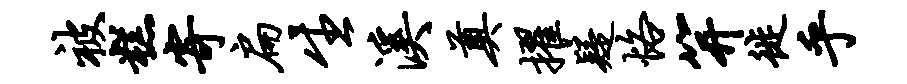
被糕寄扁生溪奠擢疑恪笄徙乎